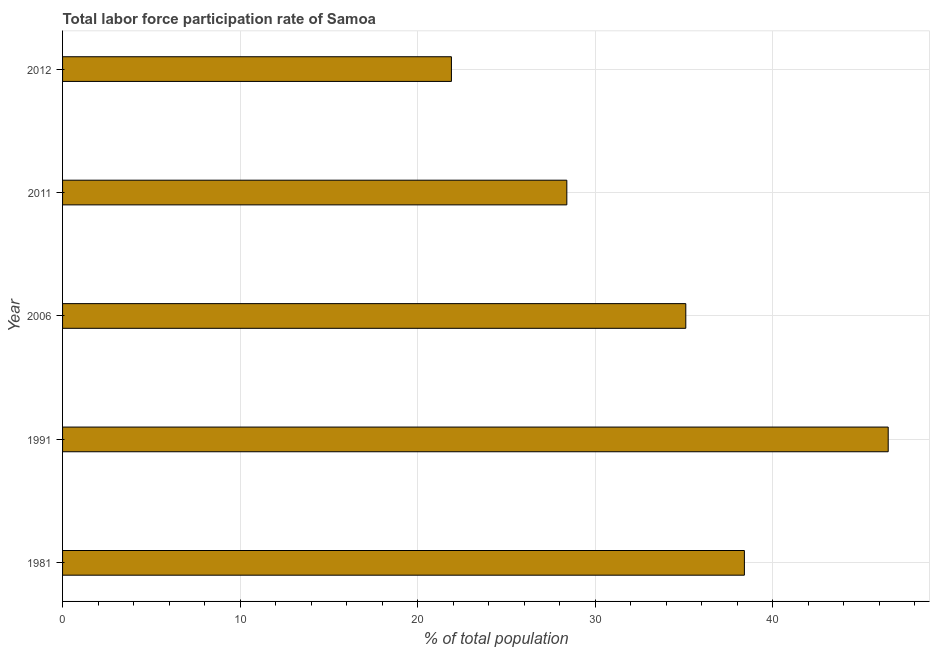
| Year | Labor force participation rate for ages 15-24 total |
 | --- | --- |
 | 1981 | 38.4 |
 | 1991 | 46.5 |
 | 2006 | 35.1 |
 | 2011 | 28.4 |
 | 2012 | 21.9 |